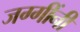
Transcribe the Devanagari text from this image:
जग्गींनी